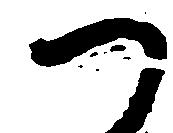
つ